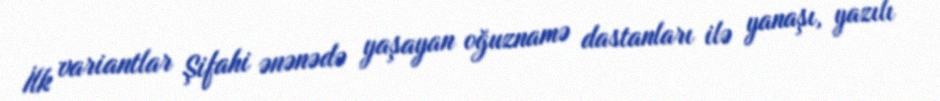
İlk variantlar Şifahi ənənədə yaşayan oğuznamə dastanları ilə yanaşı, yazılı